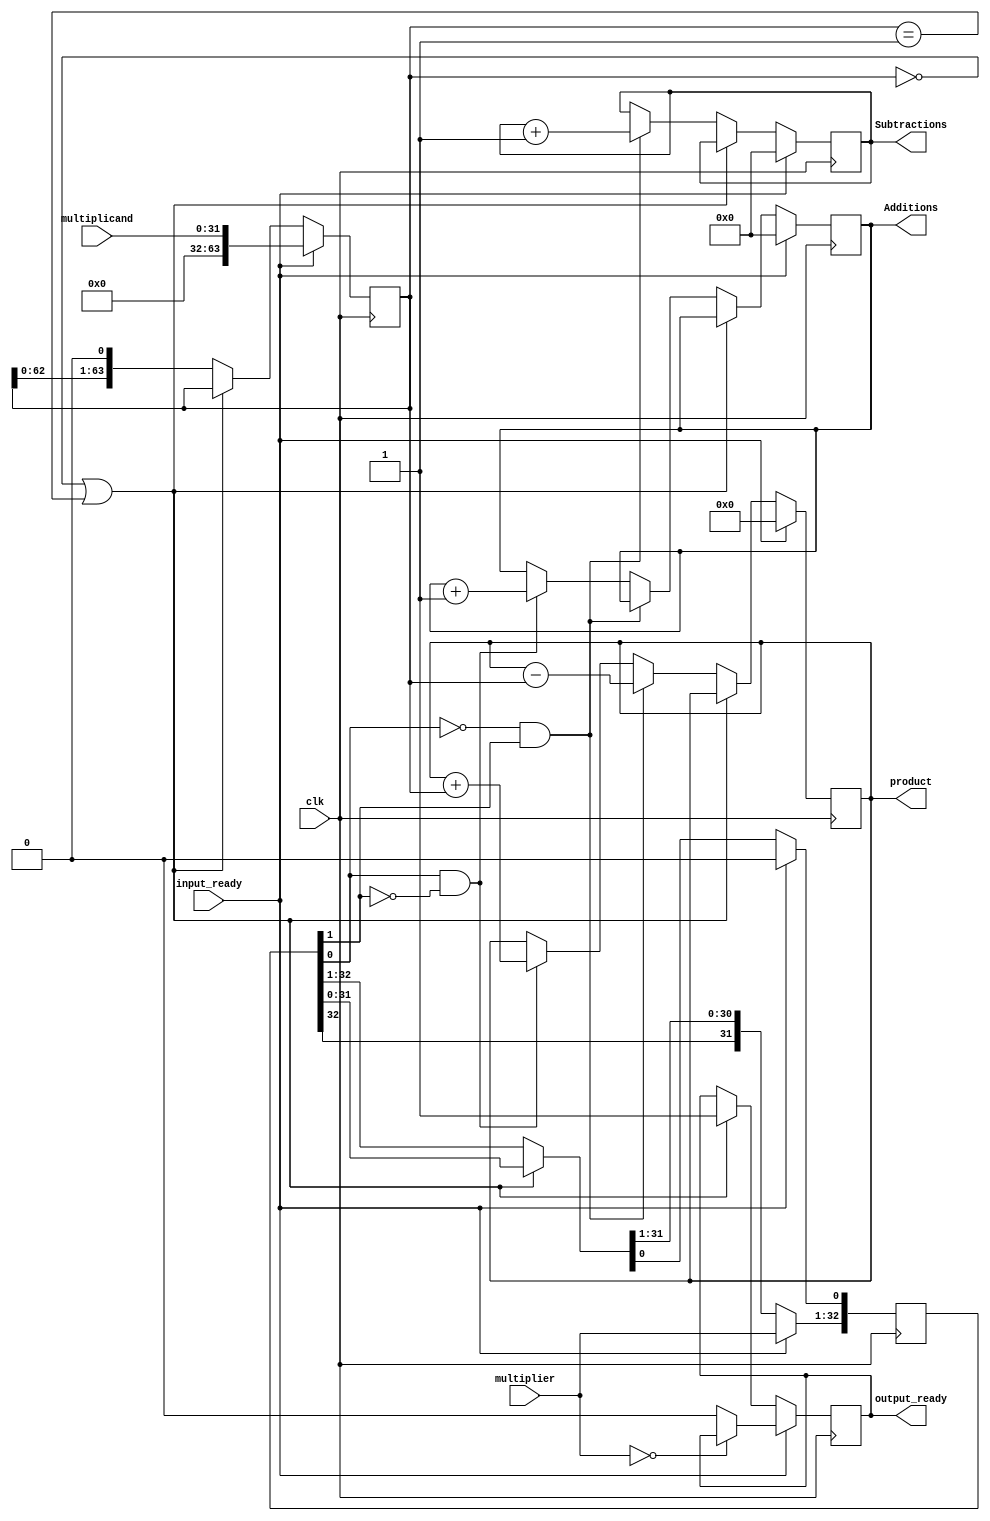
module M( input clk, input  [31:0]multiplicand, input signed [31:0]multiplier , input input_ready , output [64:0]product, output output_ready ,output [5:0]Additions,output [5:0]Subtractions);
	reg signed [64:0]product; 
	reg output_ready;
	reg signed [32:0]temp1 ;
    reg signed [63:0]temp2;
	reg [5:0]Additions;
    reg [5:0]Subtractions;
	
	
	parameter clk_period=10;
	
	

	initial begin
		product<=0;
        output_ready<=0;
        temp1<=0;
        temp2<=0;	
        Additions<=0;
        Subtractions<=0;	
	end
	always @(posedge clk ) begin
		if (input_ready==1) begin   // In case the multiplier is not 0 i will start the calculations from next cycle
			temp2<=#1 multiplicand;
            temp1[32:1]<=#1 multiplier;
            temp1[0]<=#1 0;
            product<=#2 0;
            Additions<=#2 0;
            Subtractions<=#2 0;
            if (multiplier==0 ) begin
                product<=#1 0;
            end
            else begin
                output_ready=#1 0;
            end            
		end		 
        else if (temp2==0 | temp2==-1) begin   // Checking for early termination
            output_ready<=#1 1;
        end
        else begin
            if (temp1[0]==0 & temp1[1]==1) begin
                Subtractions<=#2 Subtractions+1;
                product=#2 product-temp2;
                
            end
            else if (temp1[0]==1 & temp1[1]==0) begin
                Additions<=#2 Additions+1;
                product=#2 product+temp2;

            end
            temp1=#2  temp1>>>1;
            temp2=#2  temp2<<<1;
        end
	end
	


endmodule